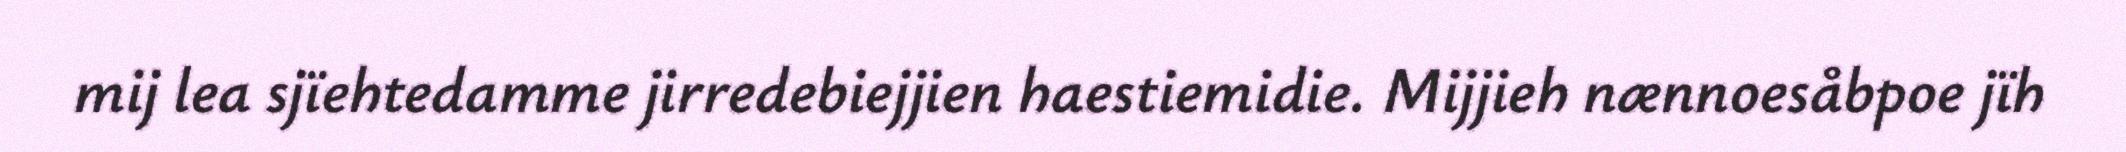
mij lea sjïehtedamme jirredebiejjien haestiemidie. Mijjieh nænnoesåbpoe jïh